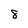
Character: 8